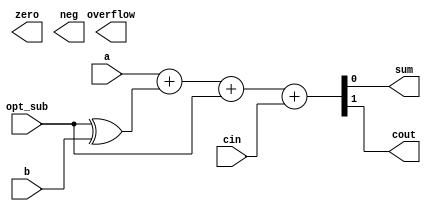
module add #(parameter DW = 1) (
	input  [DW-1:0] a       , // first operand
	input  [DW-1:0] b       , // second operand
	input           opt_sub , // subtraction
	input           cin     , // carry in
	output [DW-1:0] sum     , // sun output
	output          cout    , // carry output
	output          zero    , // zero flag
	output          neg     , // negative flag
	output          overflow  // overflow flag
);

	wire [DW-1:0] b_sub;

	assign b_sub[DW-1:0] = {(DW){opt_sub}} ^ b[DW-1:0];

	assign {cout, sum[DW-1:0]} = a[DW-1:0] + b_sub[DW-1:0] + opt_sub + cin;

endmodule // add